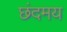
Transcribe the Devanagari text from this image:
छंदमय